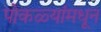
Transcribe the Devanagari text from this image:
पोकळ्यांमधून